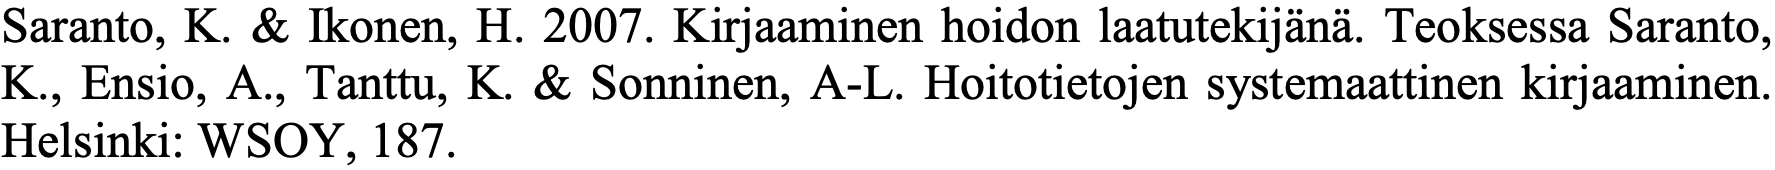
Saranto, K. & Ikonen, H. 2007. Kirjaaminen hoidon laatutekijänä. Teoksessa Saranto, K., Ensio, A., Tanttu, K. & Sonninen, A-L. Hoitotietojen systemaattinen kirjaaminen. Helsinki: WSOY, 187.